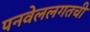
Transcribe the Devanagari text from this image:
पनवेललगतची